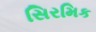
સિરમિક